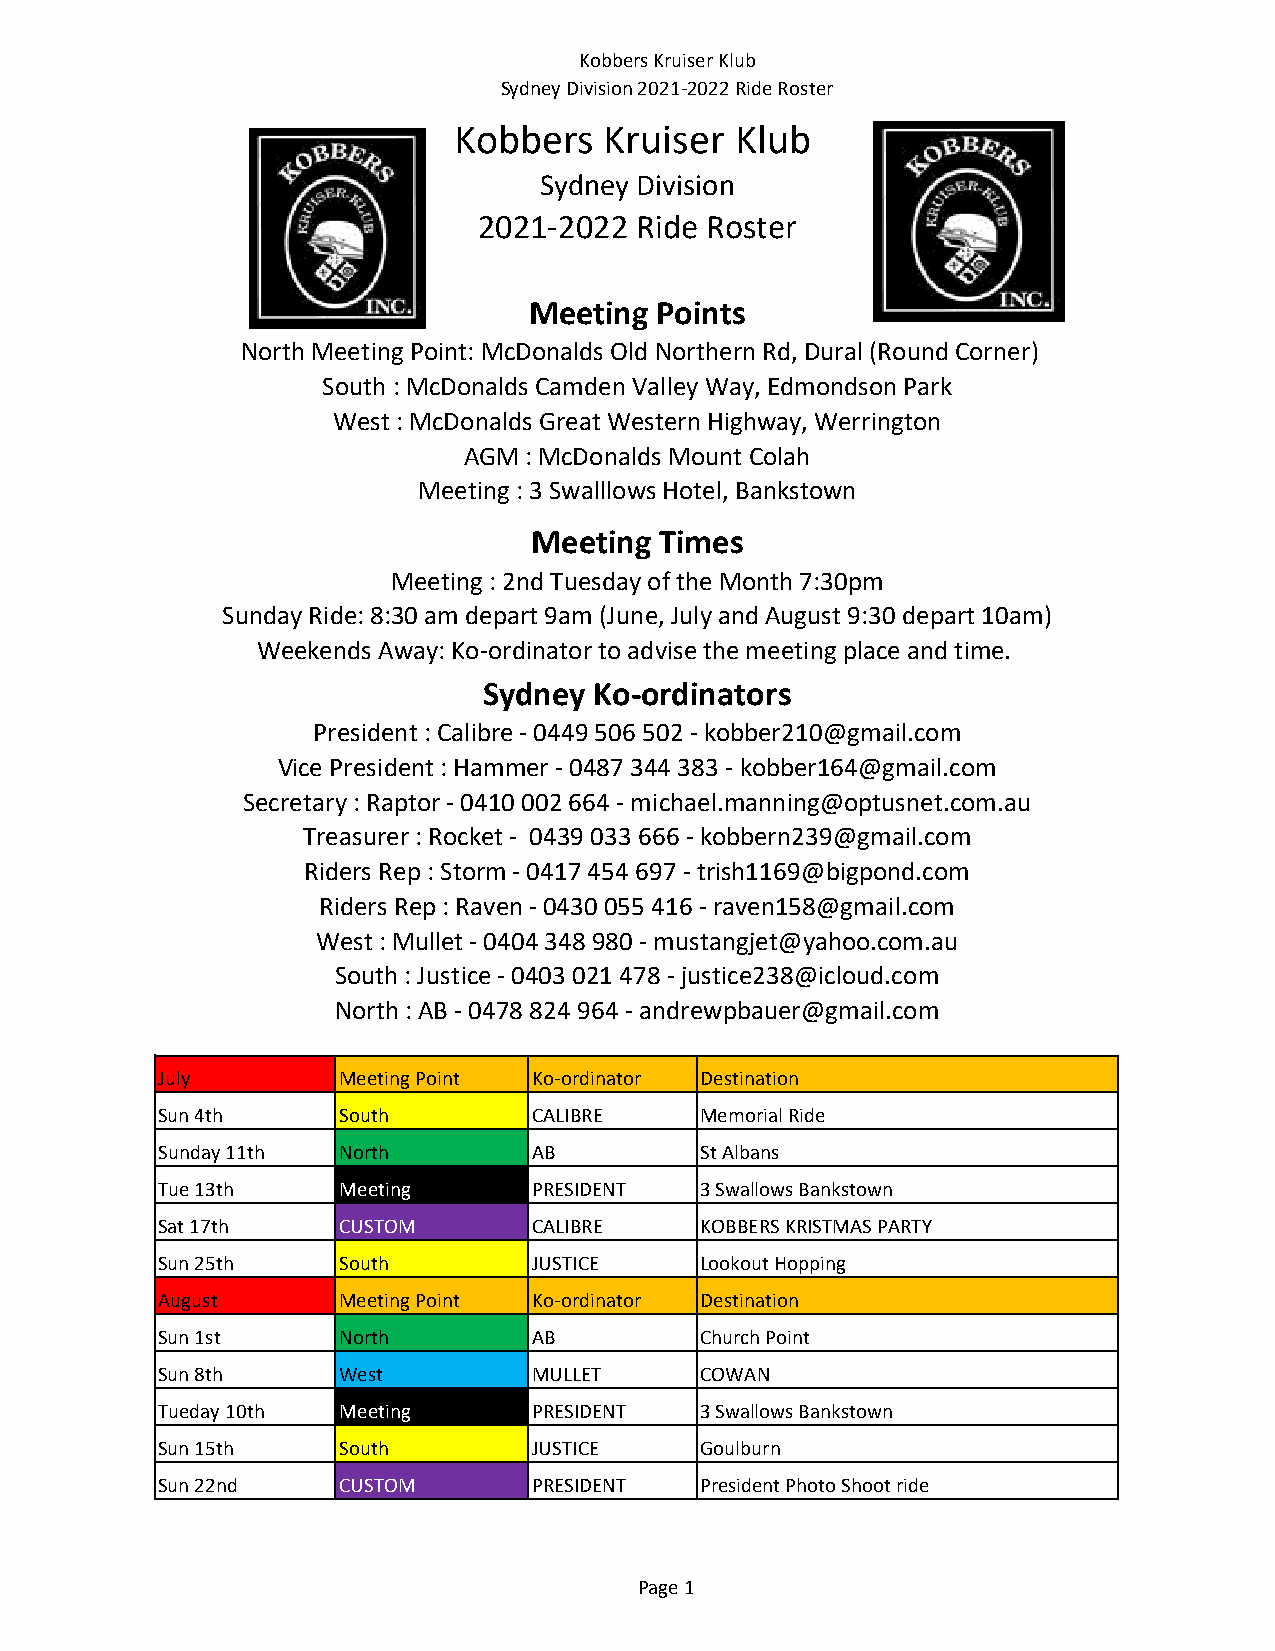
Kobbers Kruiser Klub
 Sydney Division 2021-2022 Ride Roster
 Kobbers   Kruiser  Klub
 Sydney Division
 2021-2022 Ride Roster
 Meeting Points
 North Meeting Point: McDonalds Old Northern Rd, Dural (Round Corner)
 South : McDonalds Camden Valley Way, Edmondson Park
 West : McDonalds Great Western Highway, Werrington
 AGM : McDonalds Mount Colah
 Meeting : 3 Swalllows Hotel, Bankstown
 Meeting  Times
 Meeting : 2nd Tuesday of the Month 7:30pm
 Sunday Ride: 8:30 am depart 9am (June, July and August 9:30 depart 10am)
 Weekends Away: Ko-ordinator to advise the meeting place and time.
 Sydney Ko-ordinators
 President : Calibre - 0449 506 502 - kobber210@gmail.com
 Vice President : Hammer - 0487 344 383 - kobber164@gmail.com
 Secretary : Raptor - 0410 002 664 - michael.manning@optusnet.com.au
 Treasurer : Rocket - 0439 033 666 - kobbern239@gmail.com
 Riders Rep : Storm - 0417 454 697 - trish1169@bigpond.com
 Riders Rep : Raven - 0430 055 416 - raven158@gmail.com
 West : Mullet - 0404 348 980 - mustangjet@yahoo.com.au
 South : Justice - 0403 021 478 - justice238@icloud.com
 North : AB - 0478 824 964 - andrewpbauer@gmail.com
 July        Meeting Point Ko-ordinator Destination
 Sun 4th     South        CALIBRE    Memorial Ride
 Sunday 11th North        AB         St Albans
 Tue 13th    Meeting      PRESIDENT  3 Swallows Bankstown
 Sat 17th    CUSTOM       CALIBRE    KOBBERS KRISTMAS PARTY
 Sun 25th    South        JUSTICE    Lookout Hopping
 August      Meeting Point Ko-ordinator Destination
 Sun 1st     North        AB         Church Point
 Sun 8th     West         MULLET     COWAN
 Tueday 10th Meeting      PRESIDENT  3 Swallows Bankstown
 Sun 15th    South        JUSTICE    Goulburn
 Sun 22nd    CUSTOM       PRESIDENT  President Photo Shoot ride
 Page 1